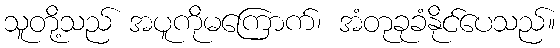
သူတို့သည် အပူကိုမကြောက်၊ အံတုခုခံနိုင်ပေသည်။